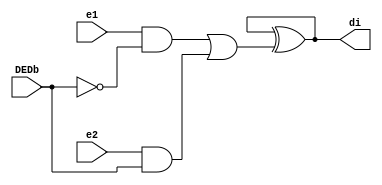

`timescale 1ns / 1ps
//////////////////////////////////////////////////////////////////////////////////
// Company: 
// Engineer: 
// 
// Design Name: 
// Module Name: SECDEDErrorCorrector
// Project Name: 
// Target Devices: 
// Tool Versions: 
// Description: 
// 
// Dependencies: 
// 
// Revision:
// Revision 0.01 - File Created
// Additional Comments:
// 
///////////////////////////////////////////////////////////////////////
module SECDEDErrorCorrector(
input e1,e2,DEDb,
output di
);
wire a1o,a2o,DEDbo,oo;

not(DEDbo,DEDb);

and(a1o,e1,DEDbo);
and(a2o,e2,DEDb);

or(oo,a1o,a2o);

xor(di,di,oo);

endmodule